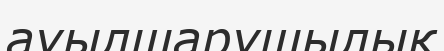
ауылшарушылық